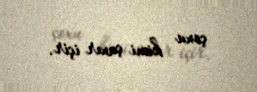
çoxu kimi çaxır içir.